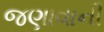
જણાવાની